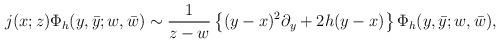
LaTeX: \begin{align*}j(x;z)\Phi_h(y,\bar{y};w,\bar{w}) \sim \frac{1}{z-w}\left\{(y-x)^2\partial_y+2h(y-x) \right\} \Phi_h(y,\bar{y};w,\bar{w}),\end{align*}